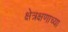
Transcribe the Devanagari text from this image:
क्षेत्रक्षणाच्या